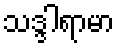
သဒ္ဒါရာမာ